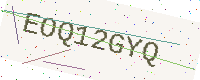
Text: EOQ12GYQ